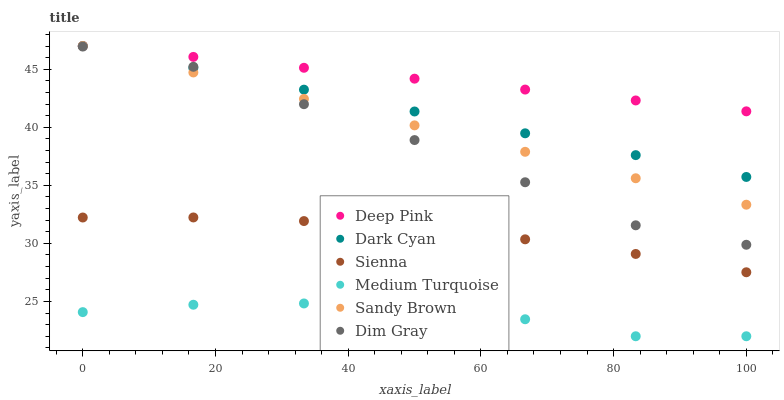
| xaxis_label | Deep Pink | Dark Cyan | Sienna | Medium Turquoise | Sandy Brown | Dim Gray |
 | --- | --- | --- | --- | --- | --- | --- |
 | 0 | 47 | 47 | 32.2 | 24.1 | 47 | 47 |
 | 16.7 | 46.1 | 45.1 | 32.2 | 24.7 | 44.7 | 45.2 |
 | 33.3 | 45.1 | 43.2 | 31.9 | 24.8 | 42.4 | 42 |
 | 50 | 44.2 | 41.4 | 31.3 | 24.4 | 40.2 | 38.9 |
 | 66.7 | 43.2 | 39.5 | 30.4 | 23.5 | 37.9 | 35.3 |
 | 83.3 | 42.3 | 37.6 | 29.1 | 22 | 35.6 | 31.6 |
 | 100 | 41.4 | 35.7 | 27.5 | 22 | 33.3 | 29.9 |